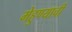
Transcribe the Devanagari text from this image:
मेहुण्याची